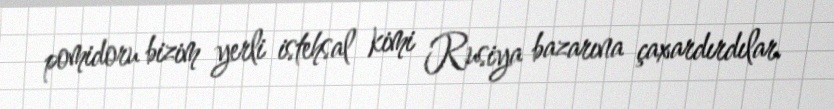
pomidoru bizim yerli istehsal kimi Rusiya bazarına çaxardırdılar.